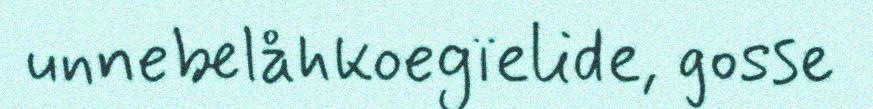
unnebelåhkoegïelide, gosse